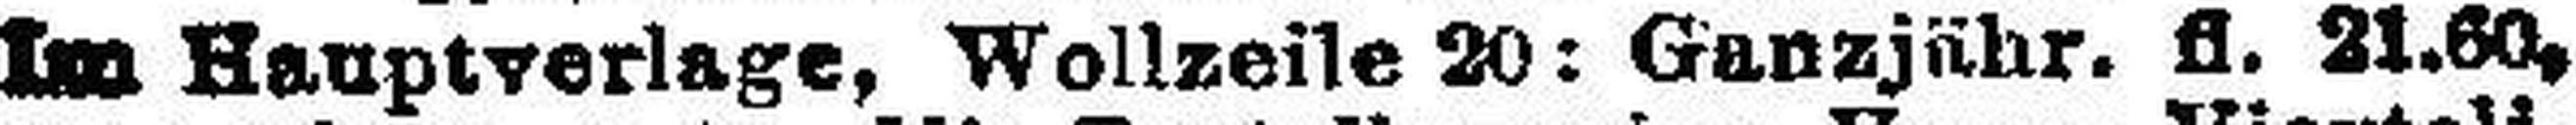
Im Hauptverlage, Wollzeile 20: Ganzjähr. fl. 21.60,